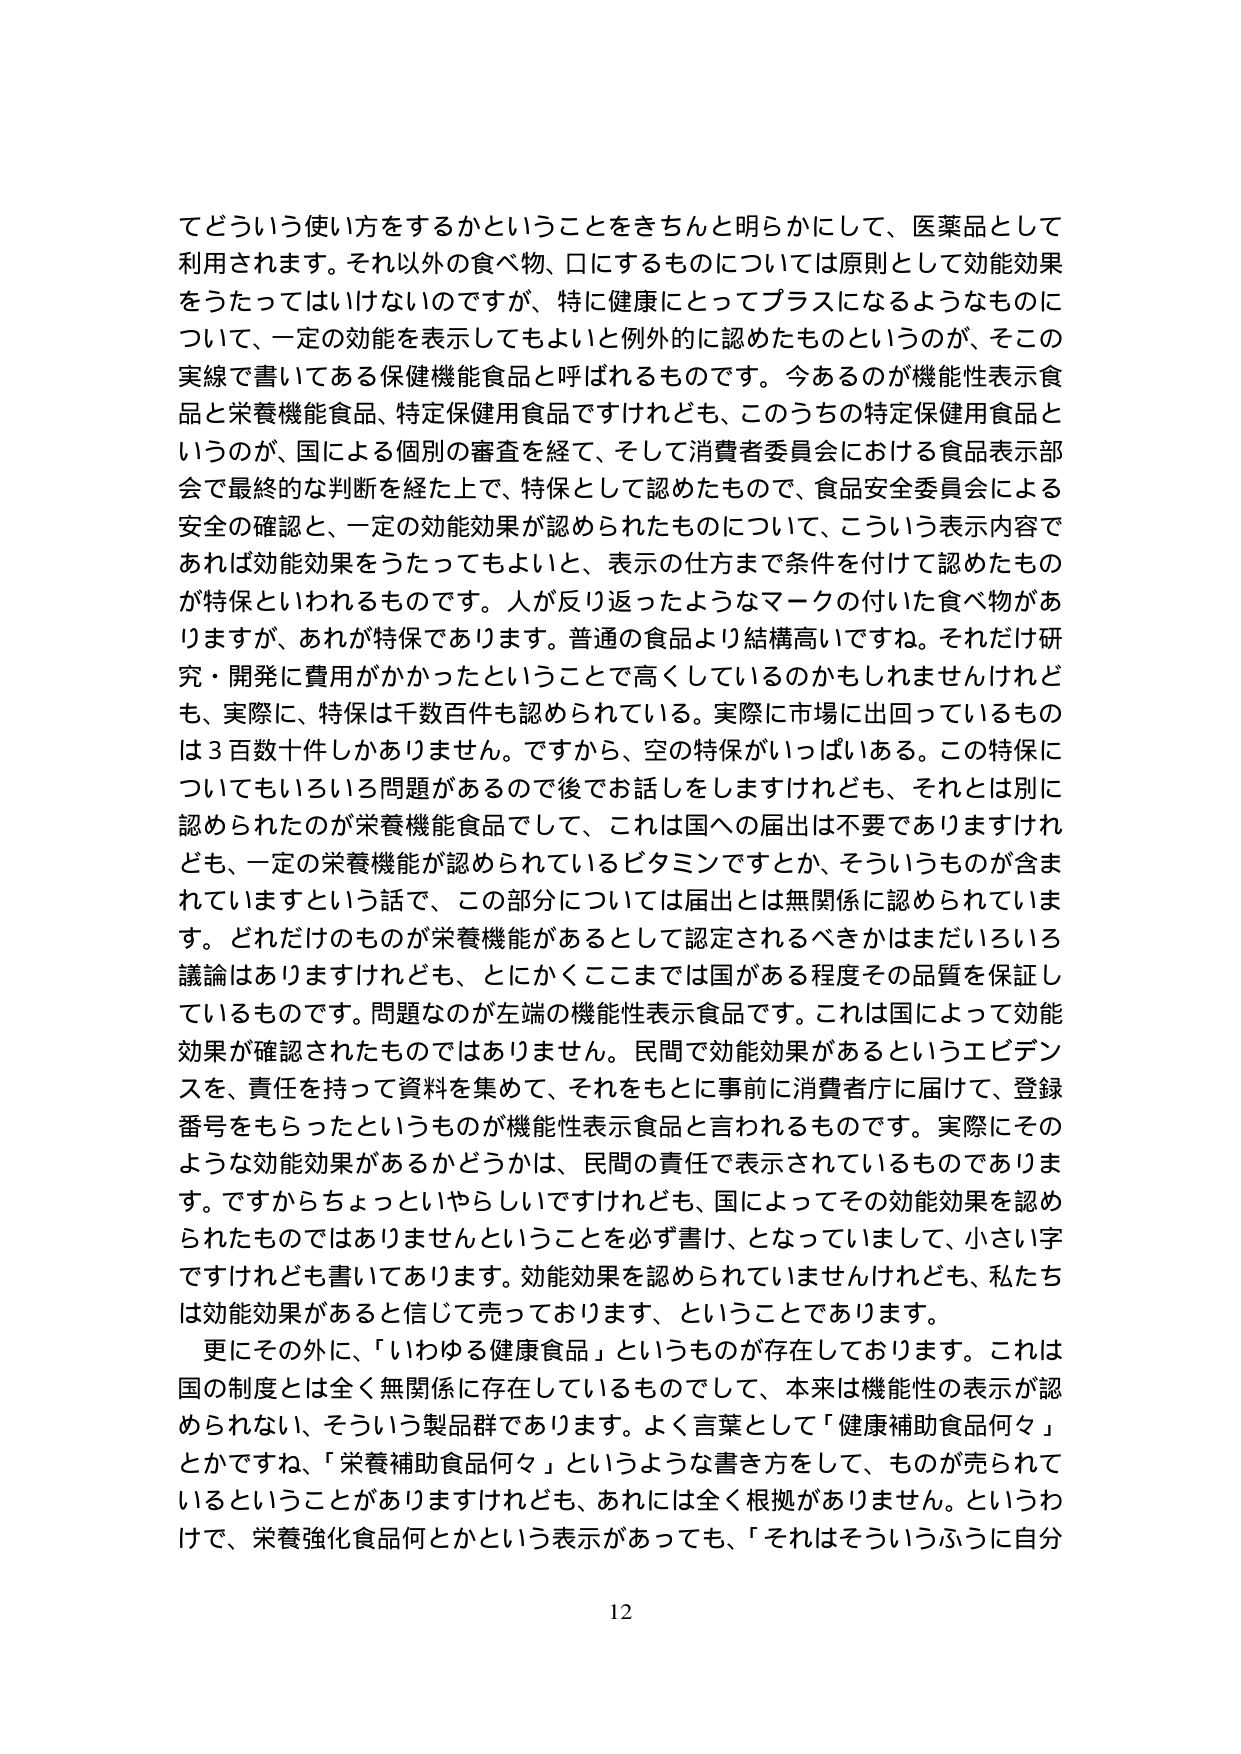
てどういう使い方をするかということをきちんと明らかにして、医薬品として利用されます。それ以外の食べ物、口にするものについては原則として効能効果をうたってはいけないのですが、特に健康にとってプラスになるようなものについて、一定の効能を表示してもよいと例外的に認めたものというのが、そこの実線で書いてある保健機能食品と呼ばれるものです。今あるのが機能性表示食品と栄養機能食品、特定保健用食品ですけれども、このうちの特定保健用食品というのが、国による個別の審査を経て、そして消費者委員会における食品表示部会で最終的な判断を経た上で、特保として認めたもので、食品安全委員会による安全の確認と、一定の効能効果が認められたものについて、こういう表示内容であれば効能効果をうたってもよいと、表示の仕方まで条件を付けて認めたものが特保といわれるものです。人が反り返ったようなマークの付いた食べ物がありますが、あれが特保であります。普通の食品より結構高いですね。それだけ研究・開発に費用がかかったということで高くなっているのかもしれませんが、実際に、特保は千数百件も認められている。実際に市場に出回っているものは３百数十件しかありません。ですから、空の特保がいっぱいある。この特保についてもいろいろ問題があるので後でお話しをしますけれども、それとは別に認められたのが栄養機能食品でして、これは国への届出は不要でありますけれども、一定の栄養機能が認められているビタミンですとか、そういうものが含まれていますという話で、この部分については届出とは無関係に認められています。どれだけのものが栄養機能があるとして認定されるべきかはまだいろいろ議論はありますけれども、とにかくここまでは国がある程度その品質を保証しているものです。問題なのが左端の機能性表示食品です。これは国によって効能効果が確認されたものではありません。民間で効能効果があるというエビデンスを、責任を持って資料を集めて、それをもとに事前に消費者庁に届けて、登録番号をもらったというものが機能性表示食品と言われるものです。実際にそのような効能効果があるかどうかは、民間の責任で表示されているものであります。ですからちょっといやらしいですけれども、国によってその効能効果を認められたものではありませんということを必ず書け、となっていまして、小さい字ですけれども書いてあります。効能効果を認められていませんけれども、私たちは効能効果があると信じて売っております、ということであります。

更にその外に、「いわゆる健康食品」というものが存在しております。これは国の制度とは全く無関係に存在しているものでして、本来は機能性の表示が認められない、そういう製品群であります。よく言葉として「健康補助食品何々」とかですね、「栄養補助食品何々」というような書き方をして、ものが売られているということがありますけれども、あれには全く根拠がありません。というわけで、栄養強化食品何とかという表示があっても、「それはそういうふうに自分

12